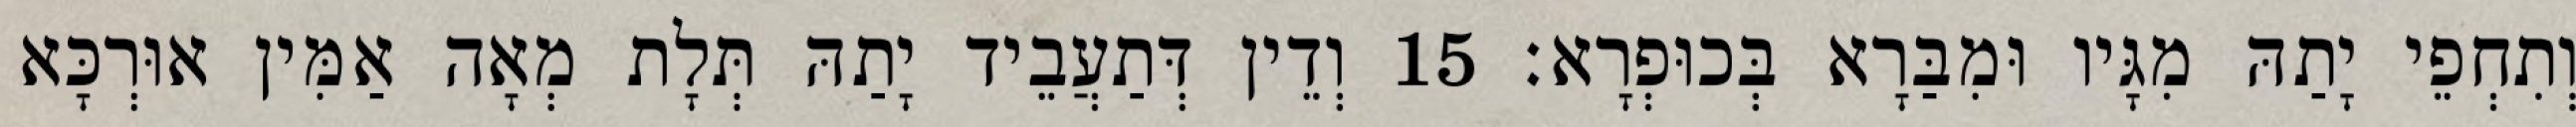
וְתִחְפֵי יָתַהּ מִגָּיו וּמִבַּרָא בְּכוּפְרָא׃ 15 וְדֵין דְּתַעֲבֵיד יָתַהּ תְּלָת מְאָה אַמִּין אוּרְכָּא